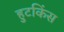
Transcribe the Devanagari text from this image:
हुटकिंस